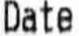
DATE